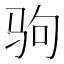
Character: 驹